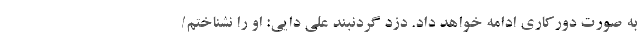
به صورت دورکاری ادامه خواهد داد. دزد گردنبند علی دایی: او را نشناختم/